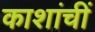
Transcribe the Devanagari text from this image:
काशांचीं